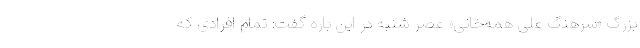
بزرگ «سرهنگ علی همه‌خانی» عصر شنبه در این باره گفت: تمام افرادی که